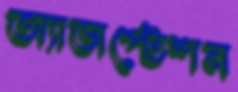
অ্যাডাপ্টেশন